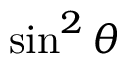
\sin ^ { 2 } \theta